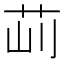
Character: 𦭣